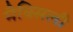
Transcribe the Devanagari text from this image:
मैक्सिली